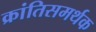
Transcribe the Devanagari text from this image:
क्रांतिसमर्थक